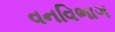
વનવિભાગ